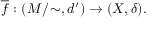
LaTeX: { \overline { { f } } } \, \colon ( M / \! \sim , d ^ { \prime } ) \to ( X , \delta ) .